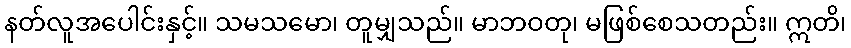
နတ်လူအပေါင်းနှင့်။ သမသမော၊ တူမျှသည်။ မာဘဝတု၊ မဖြစ်စေသတည်း။ ဣတိ၊